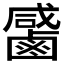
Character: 𪉳